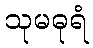
သုမဓုရံ